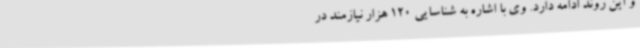
و این روند ادامه دارد. وی با اشاره به شناسایی 120 هزار نیازمند در